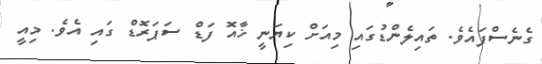
ގެނެސްފައެވެ. ތައިލެންޑުގައި މިއަށް ކިޔަނީ ޚާއޮ ފަޑް ސަޕަރޮޑް ގައި އެވެ. މިއީ